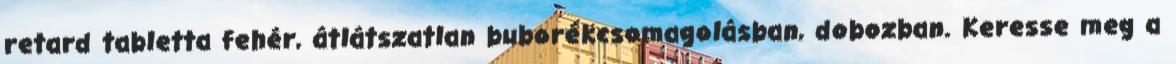
retard tabletta fehér, átlátszatlan buborékcsomagolásban, dobozban. Keresse meg a